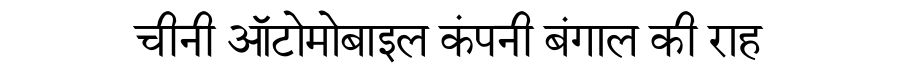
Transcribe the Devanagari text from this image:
चीनी ऑटोमोबाइल कंपनी बंगाल की राह